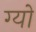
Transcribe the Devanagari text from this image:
ग्यो